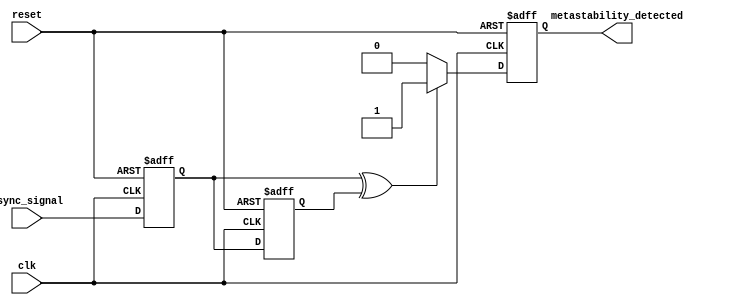
module metastability_detector (
    input wire clk,                 // Clock signal
    input wire async_signal,        // Asynchronous input signal that may cause metastability
    input wire reset,               // Reset signal to initialize the flip-flops
    output reg metastability_detected // Output indicating whether a metastable condition has been detected
);

// Internal flip-flops for synchronizing the asynchronous signal
reg sync_ff1; // First flip-flop
reg sync_ff2; // Second flip-flop

// Synchronizer Flip-Flops
always @(posedge clk or posedge reset) begin
    if (reset) begin
        sync_ff1 <= 1'b0; // Initialize the first flip-flop
        sync_ff2 <= 1'b0; // Initialize the second flip-flop
    end else begin
        sync_ff1 <= async_signal; // Sample the asynchronous signal
        sync_ff2 <= sync_ff1;      // Sample the output of the first flip-flop
    end
end

// Meta-Stability Detection Logic
always @(posedge clk or posedge reset) begin
    if (reset) begin
        metastability_detected <= 1'b0; // Reset the metastability detection flag
    end else begin
        // Check for metastable condition
        if (sync_ff1 ^ sync_ff2) begin
            metastability_detected <= 1'b1; // Flag if metastability is detected
        end else begin
            metastability_detected <= 1'b0; // Clear the flag if stable
        end
    end
end

endmodule